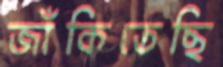
জাঁকিতেছি